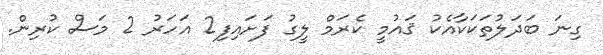
ގިނަ ބަދަލުތަކަކާއެކު ޤައުމީ ކެރަމް ލީގު ފަށައިފި2 އަހަރު 2 މަސް ކުރިން.